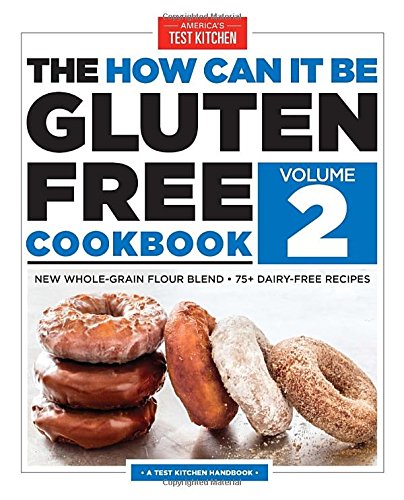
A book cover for The How Can It Be Gluten-Free Cookbook Volume 2; Cookbooks, Food & Wine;